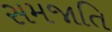
સમજાતિ